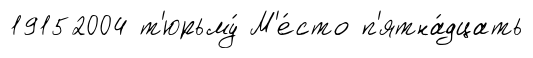
19152004 т'юрьму́ М'е́сто п'ятна́дцать